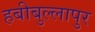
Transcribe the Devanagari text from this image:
हबीबुल्लापुर